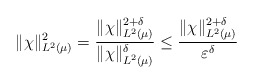
\begin{align*} \|\chi\|_{L^2(\mu)} ^2 = \frac{\|\chi\|_{L^2(\mu)}^{2 + \delta}}{\|\chi\|_{L^2(\mu)}^{ \delta}} \leq \frac{\|\chi\|_{L^2(\mu)}^{2 + \delta}}{\varepsilon^\delta}\end{align*}